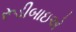
રૂડીબાઇએ